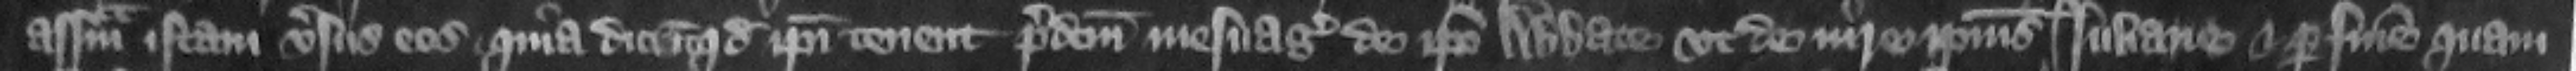
assisam istam versus eos. Quia dicit quod ipsi tenent predictum mesuagium de ipso abbate vt de iure ipsius Iuliane et per finem quam